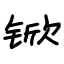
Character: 锨